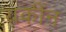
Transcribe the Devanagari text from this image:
यकींन